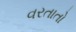
વરતાતો